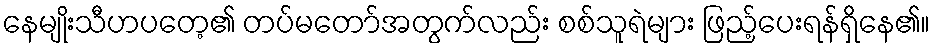
နေမျိုးသီဟပတေ့၏ တပ်မတော်အတွက်လည်း စစ်သူရဲများ ဖြည့်ပေးရန်ရှိနေ၏။